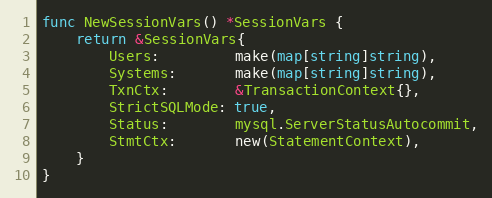
Language: Go
func NewSessionVars() *SessionVars {
	return &SessionVars{
		Users:         make(map[string]string),
		Systems:       make(map[string]string),
		TxnCtx:        &TransactionContext{},
		StrictSQLMode: true,
		Status:        mysql.ServerStatusAutocommit,
		StmtCtx:       new(StatementContext),
	}
}